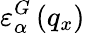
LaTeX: \varepsilon_{\alpha}^{G}\left({{q}_{x}}\right)